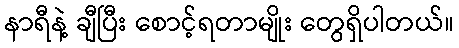
နာရီနဲ့ ချီပြီး စောင့်ရတာမျိုး တွေရှိပါတယ်။